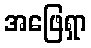
အဖြေရှာ